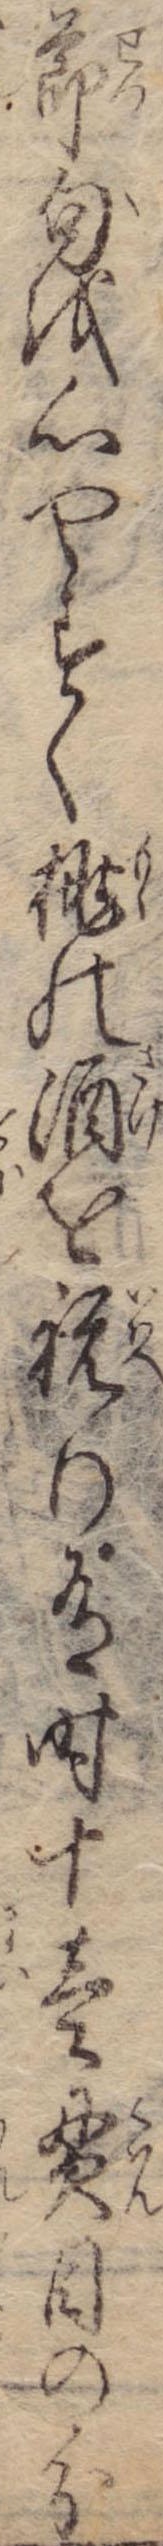
節句を心やすく桃の酒を祝り有時十壱貫目の分